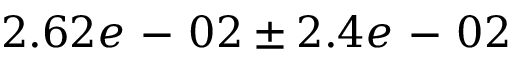
2 . 6 2 e \mathrm { ~ - ~ } 0 2 \pm 2 . 4 e \mathrm { ~ - ~ } 0 2